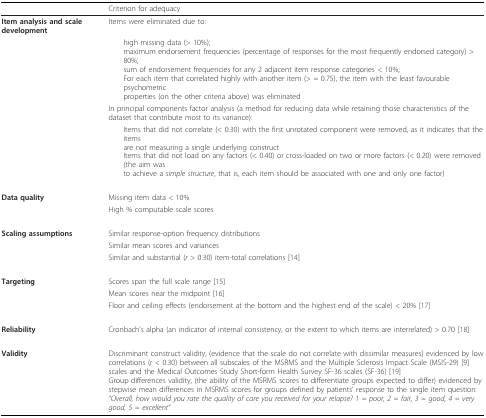
<table><thead><tr><td></td><td><b>Criterion for adequacy</b></td></tr></thead><tbody><tr><td><b>Item analysis and scale development</b></td><td>Items were eliminated due to:</td></tr><tr><td></td><td> high missing data (&gt; 10%);maximum endorsement frequencies (percentage of responses for the most frequently endorsed category) &gt; 80%;sum of endorsement frequencies for any 2 adjacent item response categories &lt; 10%;For each item that correlated highly with another item (&gt; = 0.75), the item with the least favourablepsychometricproperties (on the other criteria above) was eliminated</td></tr><tr><td></td><td>In principal components factor analysis (a method for reducing data while retaining those characteristics of the dataset that contribute most to its variance):</td></tr><tr><td></td><td> Items that did not correlate (&lt; 0.30) with the first unrotated component were removed, as it indicates that the itemsare not measuring a single underlying constructItems that did not load on any factors (&lt; 0.40) or cross-loaded on two or more factors (&lt; 0.20) were removed (the aim wasto achieve a <i>simple structure</i>, that is, each item should be associated with one and only one factor)</td></tr><tr><td><b>Data quality</b></td><td>Missing item data &lt; 10%</td></tr><tr><td></td><td>High % computable scale scores</td></tr><tr><td><b>Scaling assumptions</b></td><td>Similar response-option frequency distributions</td></tr><tr><td></td><td>Similar mean scores and variances</td></tr><tr><td></td><td>Similar and substantial (<i>r </i>&gt; 0.30) item-total correlations [14]</td></tr><tr><td><b>Targeting</b></td><td>Scores span the full scale range [15]</td></tr><tr><td></td><td>Mean scores near the midpoint [16]</td></tr><tr><td></td><td>Floor and ceiling effects (endorsement at the bottom and the highest end of the scale) &lt; 20% [17]</td></tr><tr><td><b>Reliability</b></td><td>Cronbach&#x27;s alpha (an indicator of internal consistency, or the extent to which items are interrelated) &gt; 0.70 [18]</td></tr><tr><td><b>Validity</b></td><td>Discriminant construct validity, (evidence that the scale do not correlate with dissimilar measures) evidenced by low correlations (r &lt; 0.30) between all subscales of the MSRMS and the Multiple Sclerosis Impact Scale (MSIS-29) [9] scales and the Medical Outcomes Study Short-form Health Survey SF-36 scales (SF-36) [19]Group differences validity, (the ability of the MSRMS scores to differentiate groups expected to differ) evidenced by stepwise mean differences in MSRMS scores for groups defined by patients&#x27; response to the single item question: <i>&quot;Overall, how would you rate the quality of care you received for your relapse? 1 = poor, 2 = fair, 3 = good, 4 = very good, 5 = excellent&quot;</i></td></tr></tbody></table>